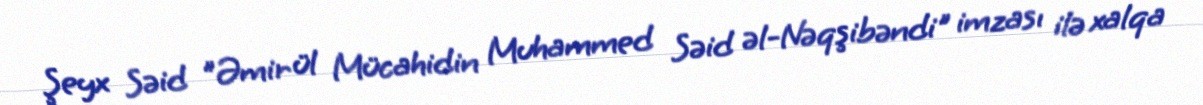
Şeyx Səid "Əmir ül Mücahidin Muhammed Səid əl-Nəqşibəndi" imzası ilə xalqa